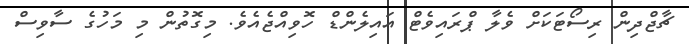
ޗާޖްދިން ރިސޯޓަކަށް ވެލާ ޕްރައިވެޓް އައިލެންޑް ހޮވިއްޖެއެވެ. މިގޮތުން މި މަހުގެ ސާވިސް